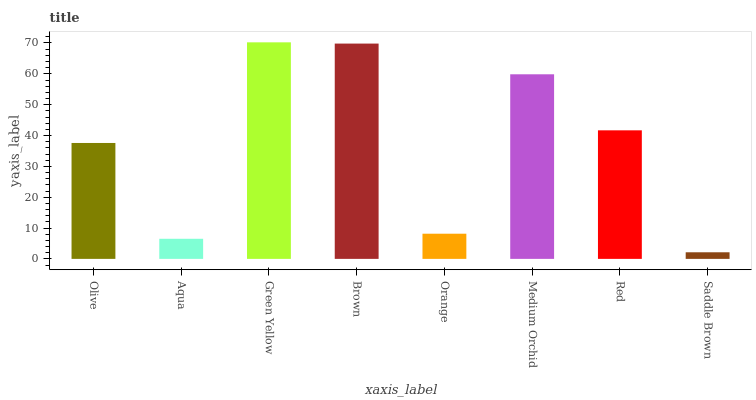
| xaxis_label | bars |
 | --- | --- |
 | Olive | 37.6 |
 | Aqua | 6.52 |
 | Green Yellow | 70.2 |
 | Brown | 69.8 |
 | Orange | 8.16 |
 | Medium Orchid | 59.9 |
 | Red | 41.7 |
 | Saddle Brown | 2.14 |